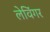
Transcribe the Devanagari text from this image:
लेविंगर